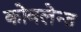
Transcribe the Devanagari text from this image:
कोवलेन्त